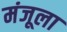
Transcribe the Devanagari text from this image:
मंजूला